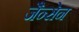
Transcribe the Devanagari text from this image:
जैन्सेन